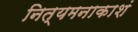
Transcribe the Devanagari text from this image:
नित्यमनाकाशं